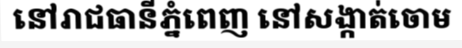
នៅរាជធានីភ្នំពេញ នៅសង្កាត់ចោម